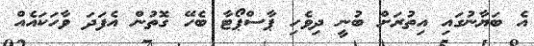
އެ ބަޔާނުގައި އިތުރަށް ބުނީ ދިވެހި ޕާސްޕޯޓާ ބެހޭ ގޮތުން އެފަދަ ވާހަކައެއް